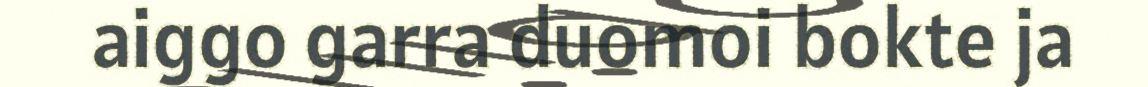
aiggo garra duomoi bokte ja